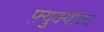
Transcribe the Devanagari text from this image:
फ़्युक्योका